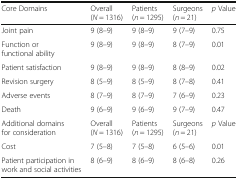
| Core Domains | Overall(N = 1316) | Patients(n = 1295) | Surgeons(n = 21) | p Value |
 | --- | --- | --- | --- | --- |
 | Joint pain | 9 (8–9) | 9 (8–9) | 9 (7–9) | 0.75 |
 | Function or functional ability | 9 (8–9) | 9 (8–9) | 8 (7–9) | 0.01 |
 | Patient satisfaction | 9 (8–9) | 9 (8–9) | 8 (8–9) | 0.02 |
 | Revision surgery | 8 (5–9) | 8 (5–9) | 8 (7–8) | 0.41 |
 | Adverse events | 8 (7–9) | 8 (7–9) | 7 (6–9) | 0.23 |
 | Death | 9 (6–9) | 9 (6–9) | 9 (7–9) | 0.47 |
 | Additional domains for consideration | Overall(N = 1316) | Patients(n = 1295) | Surgeons(n = 21) | p Value |
 | Cost | 7 (5–8) | 7 (5–8) | 6 (5–6) | 0.01 |
 | Patient participation in work and social activities | 8 (6–9) | 8 (6–9) | 8 (6–8) | 0.26 |